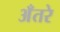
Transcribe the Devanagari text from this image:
अँतरे